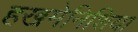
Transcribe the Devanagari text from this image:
हखमेनिशिया